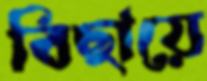
বিছায়ে